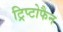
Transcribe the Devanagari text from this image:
ट्रिप्टोफैन